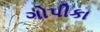
ગોપીકા